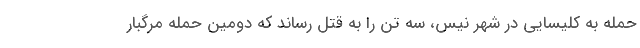
حمله به کلیسایی در شهر نیس، سه تن را به قتل رساند که دومین حمله مرگبار